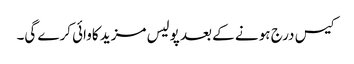
کیس درج ہو نے کے بعد پولیس مزید کاوائی کرے گی۔